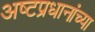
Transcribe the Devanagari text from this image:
अष्टप्रधानांच्या